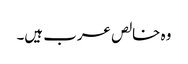
وہ خالص عرب ہیں۔